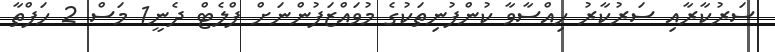
ސަރުކާރާއި ސަރުކާރު ހިއްސާވާ ކުންފުނިތަކުގެ މުވައްޒަފުންނަށް ފްލެޓް ދެނީ1 މަސް 2 ހަފްތާ